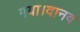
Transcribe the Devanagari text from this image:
गया।दानव